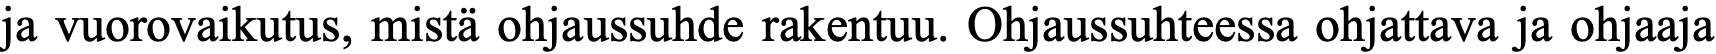
ja vuorovaikutus, mistä ohjaussuhde rakentuu. Ohjaussuhteessa ohjattava ja ohjaaja